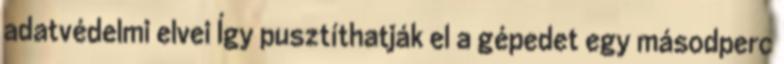
adatvédelmi elvei Így pusztíthatják el a gépedet egy másodperc